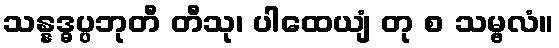
သန္နဒ္ဓပ္ပဘုတီ တီသု၊ ပါထေယျံ တု စ သမ္ဗလံ။